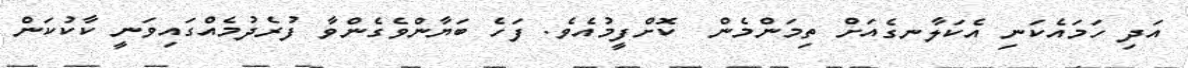
އަދި ހަމައެކަނި އެކަލާނގެއަށް ތިމަންމެން  ކޮށްފީމުއެވެ. ފަހެ ބަޔާންވެގެންވާ ފުރެދުމެއްގައިވަނީ ކާކުކަން